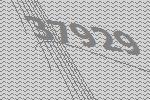
37929